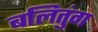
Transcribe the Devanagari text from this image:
बलितुंग